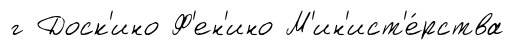
г Доск'ино Ф'ен'ино М'ин'ист'е́рства